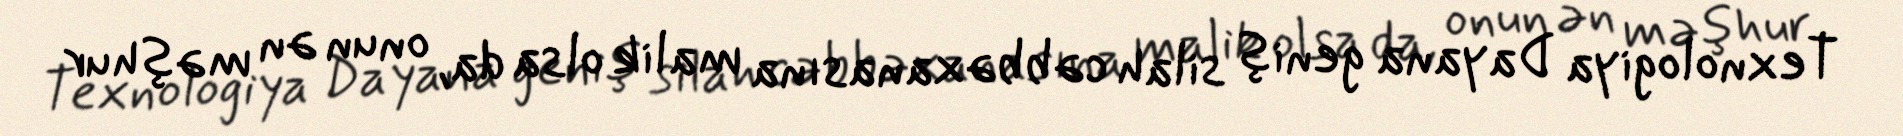
Texnologiya Dayana geniş silah cəbbəxanasına malik olsa da, onun ən məşhur